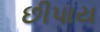
છીપાય